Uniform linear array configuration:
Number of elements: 48
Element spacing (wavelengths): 1
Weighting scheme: blackman
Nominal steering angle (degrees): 0
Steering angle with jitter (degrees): -1.196
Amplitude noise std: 0.05
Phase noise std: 0.05

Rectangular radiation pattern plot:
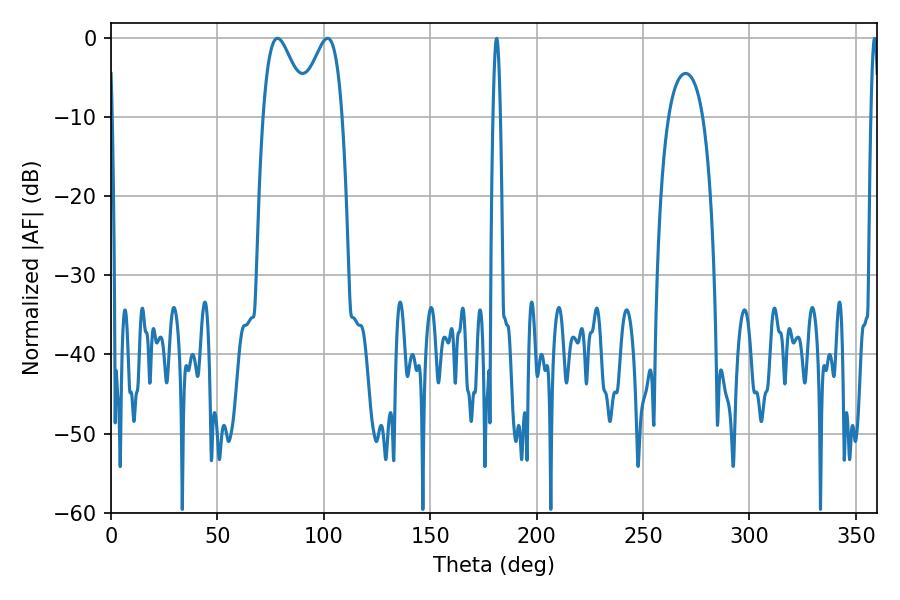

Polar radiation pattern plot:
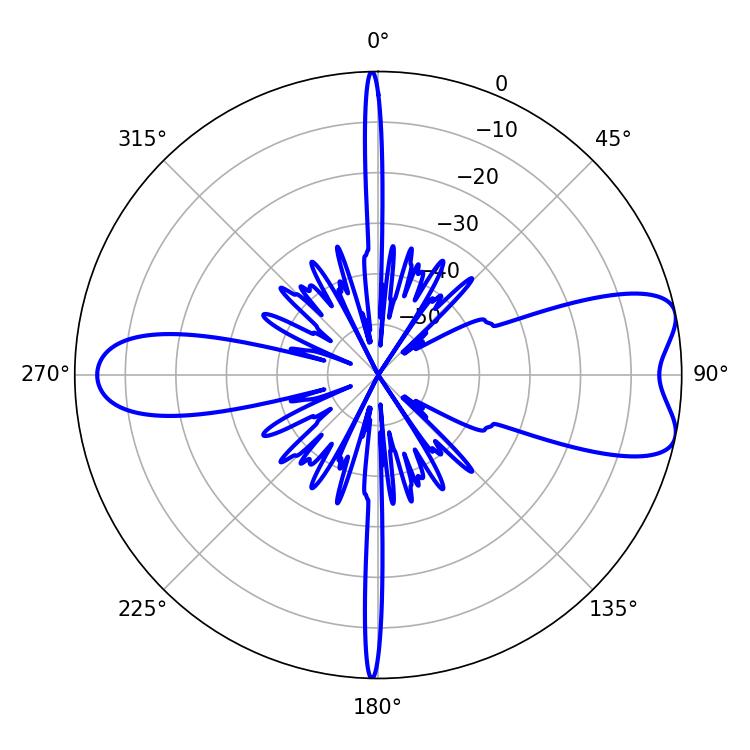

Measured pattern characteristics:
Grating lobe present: TRUE
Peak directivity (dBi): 8.004
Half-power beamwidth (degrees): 10.8
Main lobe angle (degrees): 78.3